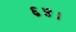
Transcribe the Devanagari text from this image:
६५।